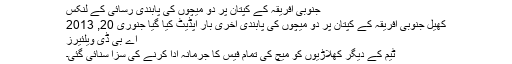
جنوبی افریقہ کے کپتان پر دو میچوں کی پابندی رسائی کے لنکس
کھیل جنوبی افریقہ کے کپتان پر دو میچوں کی پابندی آخری بار اپڈیٹ کیا گیا جنوری 20, 2013
اے بی ڈی ویلئیرز
ٹیم کے دیگر کھلاڑیوں کو میچ کی تمام فیس کا جرمانہ ادا کرنے کی سزا سنائی گئی۔